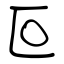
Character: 叵